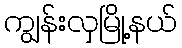
ကျွန်းလှမြို့နယ်